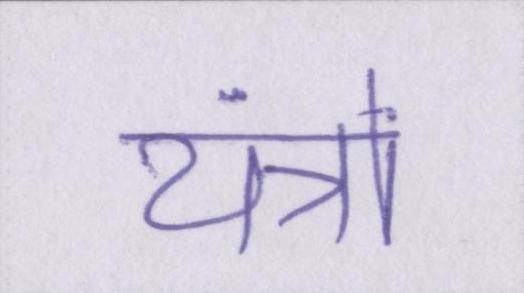
यंत्रों